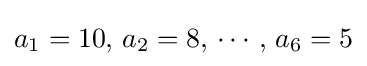
a_{1}=10,\,a_{2}=8,\,\cdots ,\,a_{6}=5